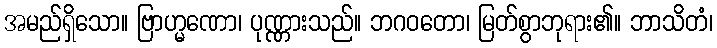
အမည်ရှိသော။ ဗြာဟ္မဏော၊ ပုဏ္ဏားသည်။ ဘဂဝတော၊ မြတ်စွာဘုရား၏။ ဘာသိတံ၊